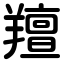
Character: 羶